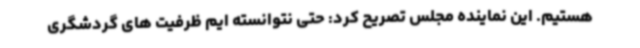
هستیم. این نماینده مجلس تصریح کرد: حتی نتوانسته ایم ظرفیت های گردشگری